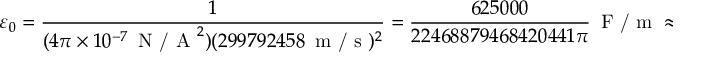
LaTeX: \varepsilon _ { 0 } = { \frac { 1 } { ( 4 \pi \times 1 0 ^ { - 7 } \, { \textrm { N / A } } ^ { 2 } ) ( 2 9 9 7 9 2 4 5 8 \, { \textrm { m / s } } ) ^ { 2 } } } = { \frac { 6 2 5 0 0 0 } { 2 2 4 6 8 8 7 9 4 6 8 4 2 0 4 4 1 \pi } } \, { \textrm { F / m } } \approx 8 . 8 5 4 1 8 7 8 1 7 6 2 0 3 9 \times 1 0 ^ { - 1 2 } \, { \textrm { F } } { \cdot } { \textrm { m } } ^ { - 1 }